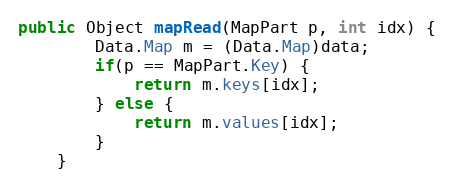
Language: Java
public Object mapRead(MapPart p, int idx) {
        Data.Map m = (Data.Map)data;
        if(p == MapPart.Key) {
            return m.keys[idx];
        } else {
            return m.values[idx];
        }
    }